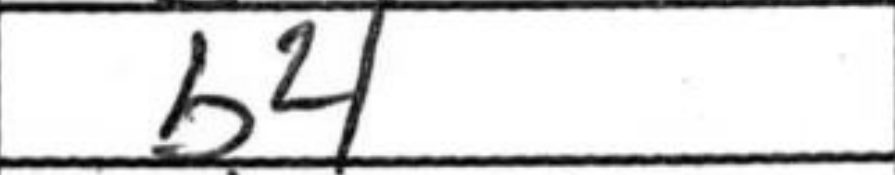
Transcription: b4